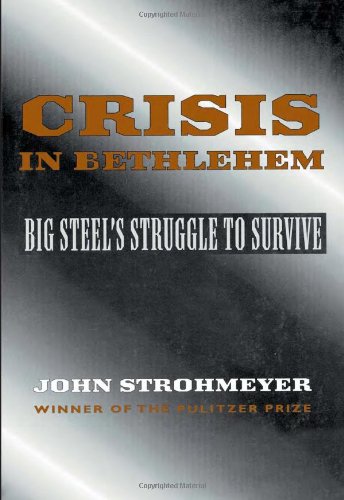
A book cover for Crisis In Bethlehem; John Strohmeyer; Business & Money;